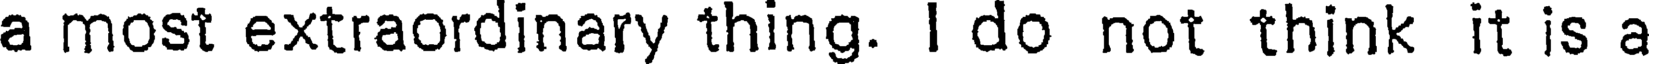
a most extraordinary thing. I do not think it is a